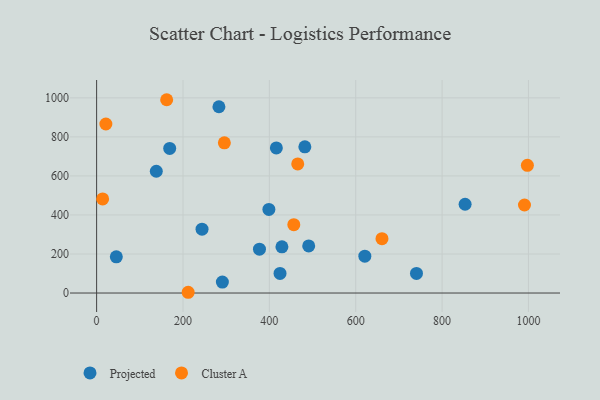
{"axis": {"x": "Price", "y": "Exam Score"}, "legend": ["Cluster A", "Projected"], "data": [{"x": "424.7", "y": 100.5, "type": "Projected"}, {"x": "244.1", "y": 327.2, "type": "Projected"}, {"x": "398.9", "y": 428.6, "type": "Projected"}, {"x": "621.1", "y": 188.7, "type": "Projected"}, {"x": "138.2", "y": 623.9, "type": "Projected"}, {"x": "291.2", "y": 56.2, "type": "Projected"}, {"x": "482.2", "y": 748.9, "type": "Projected"}, {"x": "491.1", "y": 241.1, "type": "Projected"}, {"x": "169.2", "y": 741.1, "type": "Projected"}, {"x": "377.1", "y": 224.8, "type": "Projected"}, {"x": "429.1", "y": 236.7, "type": "Projected"}, {"x": "740.7", "y": 100.6, "type": "Projected"}, {"x": "283.2", "y": 954.4, "type": "Projected"}, {"x": "45.6", "y": 185.7, "type": "Projected"}, {"x": "853.3", "y": 454.9, "type": "Projected"}, {"x": "416.2", "y": 743.3, "type": "Projected"}, {"x": "162.2", "y": 990.5, "type": "Cluster A"}, {"x": "990.8", "y": 451.0, "type": "Cluster A"}, {"x": "212.0", "y": 3.8, "type": "Cluster A"}, {"x": "295.8", "y": 769.6, "type": "Cluster A"}, {"x": "997.5", "y": 654.1, "type": "Cluster A"}, {"x": "13.9", "y": 482.2, "type": "Cluster A"}, {"x": "465.7", "y": 661.5, "type": "Cluster A"}, {"x": "660.8", "y": 278.4, "type": "Cluster A"}, {"x": "21.4", "y": 866.0, "type": "Cluster A"}, {"x": "456.6", "y": 350.0, "type": "Cluster A"}]}